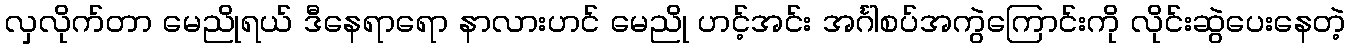
လှလိုက်တာ မေညိုရယ် ဒီနေရာရော နာလားဟင် မေညို ဟင့်အင်း အင်္ဂါစပ်အကွဲကြောင်းကို လိုင်းဆွဲပေးနေတဲ့